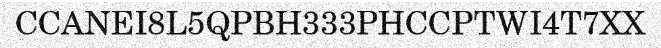
CCANEI8L5QPBH333PHCCPTWI4T7XX